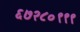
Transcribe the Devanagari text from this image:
६७२८०९९९